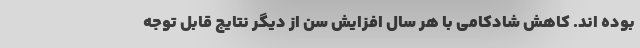
بوده اند. کاهش شادکامی با هر سال افزایش سن از دیگر نتایج قابل توجه